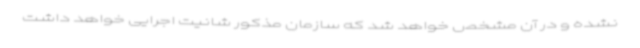
نشده و در آن مشخص خواهد شد که سازمان مذکور شانیت اجرایی خواهد داشت